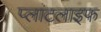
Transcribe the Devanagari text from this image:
प्लांटलाइफ